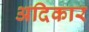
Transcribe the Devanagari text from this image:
अदिकार